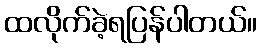
ထလိုက်ခဲ့ရပြန်ပါတယ်။